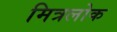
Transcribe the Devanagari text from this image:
मित्रलोक